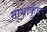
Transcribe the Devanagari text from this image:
माथाकुँवर